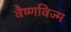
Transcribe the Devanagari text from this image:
वैष्णविज्म